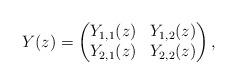
LaTeX: \begin{align*}Y(z)=\begin{pmatrix}Y_{1,1}(z) & Y_{1,2}(z) \\Y_{2,1}(z) & Y_{2,2}(z)\end{pmatrix},\end{align*}